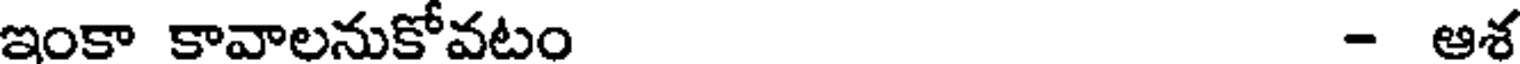
ఇంకా కావాలనుకోవటం - ఆశ